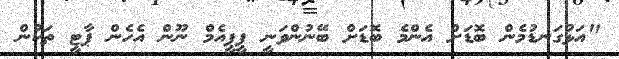
"އަޅުގަނޑުމެން ބޮޑަށް އެންމެ ބޮޑަށް ބޭނުންވަނީ ޕީޕީއެމް ނޫން އެހެން ޕާޓީ ތަކުން